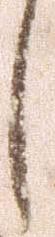
し